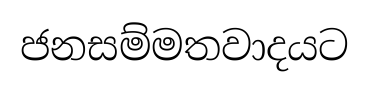
ජනසම්මතවාදයට